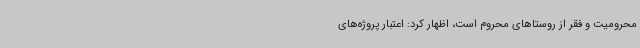
محرومیت و فقر از روستاهای محروم است، اظهار کرد: اعتبار پروژه‌های